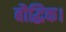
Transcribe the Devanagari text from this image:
बौद्धिक।